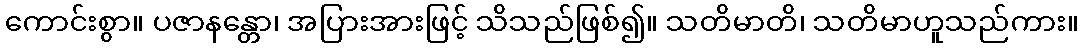
ကောင်းစွာ။ ပဇာနန္တော၊ အပြားအားဖြင့် သိသည်ဖြစ်၍။ သတိမာတိ၊ သတိမာဟူသည်ကား။